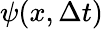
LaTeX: \psi(x,\Delta t)